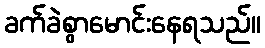
ခက်ခဲစွာမောင်းနေရသည်။